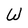
Character: W